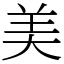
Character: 美